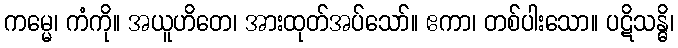
ကမ္မေ၊ ကံကို။ အယူဟိတေ၊ အားထုတ်အပ်သော်။ ဧကာ၊ တစ်ပါးသော။ ပဋိသန္ဓိ၊